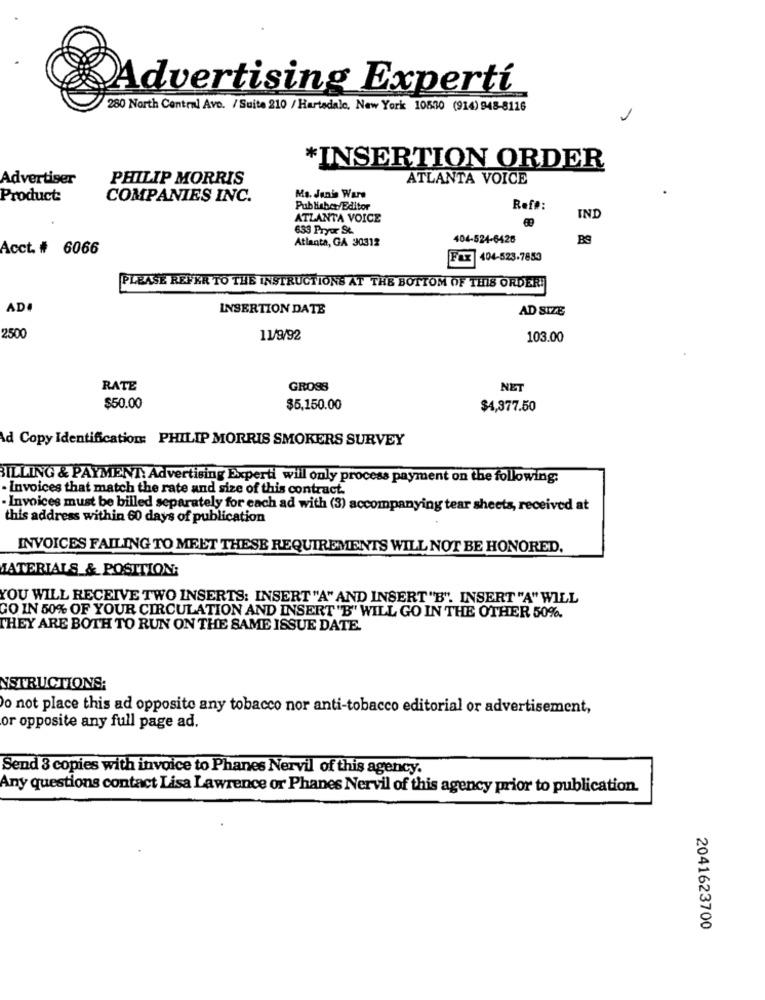
Advertising Experti
280 North Central Ave. / Suite 210 / Hartsdale, New York 10530 (914) 948-8116
*INSERTION ORDER
Advertiser
PHILIP MORRIS
ATLANTA VOICE
Product:
COMPANIES INC.
Ma. Janis Ware
Publisher/Editor
Ref#:
ATLANTA VOICE
INI
639 Pryor St.
Atlanta, GA 30312
404-524-6428
Acct. # 6066
404-523-7853
PLEASE REFER TO THE INSTRUCTIONS AT THE BOTTOM OF THIS ORDER!
AD#
INSERTION DATE
AD SIZE
2500
11/9/92
103.00
RATE
GROSS
NET
$50.00
$5,150.00
$4,377.50
Ad Copy Identification: PHILIP MORRIS SMOKERS SURVEY
BILLING & PAYMENT: Advertising Experti will only process payment on the following:
· Invoices that match the rate and size of this contract.
·Invoices must be billed separately for each ad with (3) accompanying tear sheets, received at
this address within 60 days of publication
INVOICES FAILING TO MEET THESE REQUIREMENTS WILL NOT BE HONORED.
MATERIALS & POSITION:
YOU WILL RECEIVE TWO INSERTS: INSERT "A" AND INSERT "B". INSERT "A" WILL
GO IN 50% OF YOUR CIRCULATION AND INSERT "B' WILL GO IN THE OTHER 50%.
THEY ARE BOTH TO RUN ON THE SAME ISSUE DATE.
NSTRUCTIONS:
o not place this ad opposite any tobacco nor anti-tobacco editorial or advertisement,
or opposite any full page ad.
Send 3 copies with invoice to Phanes Nervil of this agency.
Any questions contact Lisa Lawrence or Phanes Nervil of this agency prior to publication.
2041623700